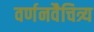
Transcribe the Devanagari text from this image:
वर्णनवैचित्र्य